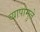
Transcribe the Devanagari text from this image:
व्यापामुले